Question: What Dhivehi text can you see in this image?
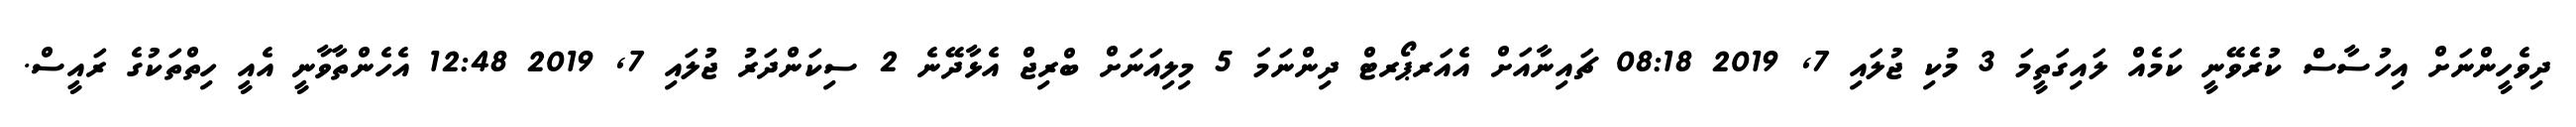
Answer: ދިވެހީންނަށް އިހުސާސް ކުރެވޭނީ ކަމެއް ލައިގަތީމަ 3 މުކި ޖުލައި 7, 2019 08:18 ޗައިނާއަށް އެއަރޕޯރޓް ދިންނަމަ 5 މިލިއަނަށް ބްރިޖް އެޅާދޭނެ 2 ސިކަންދަރު ޖުލައި 7, 2019 12:48 އެހެންތާވާނީ އެއީ ހިތްތަކުގެ ރައީސް.